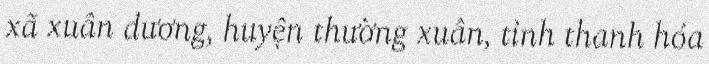
xã xuân dương, huyện thường xuân, tỉnh thanh hóa